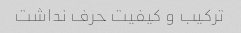
ترکیب و کیفیت حرف نداشت